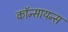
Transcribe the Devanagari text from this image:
कॉन्सायन्स